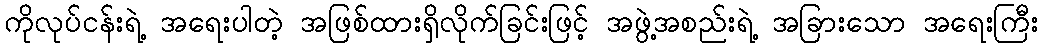
ကိုလုပ်ငန်းရဲ့ အရေးပါတဲ့ အဖြစ်ထားရှိလိုက်ခြင်းဖြင့် အဖွဲ့အစည်းရဲ့ အခြားသော အရေးကြီး